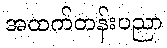
အထက်တန်းပညာ